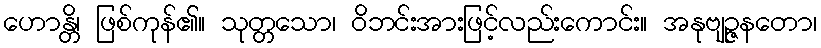
ဟောန္တိ၊ ဖြစ်ကုန်၏။ သုတ္တသော၊ ဝိဘင်းအားဖြင့်လည်းကောင်း။ အနုဗျဉ္ဇနတော၊